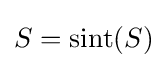
S=\operatorname {sint} (S)